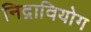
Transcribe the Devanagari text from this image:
निद्रावियोग